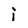
Character: i